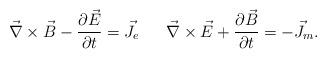
LaTeX: \begin{align*}\vec \nabla \times \vec B- {\partial \vec E \over \partial t} = \vec J_e~~~~~\vec \nabla \times \vec E+ {\partial \vec B \over \partial t} = -\vec J_m.\end{align*}